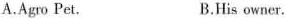
A.Agro Pet. B.His owner.